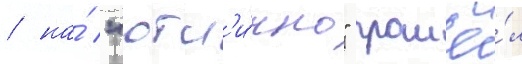
/ на́ "отл'и́чно" прошё́л